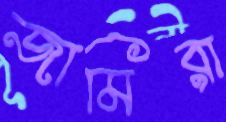
জামিরা